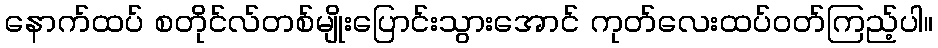
နောက်ထပ် စတိုင်လ်တစ်မျိုးပြောင်းသွားအောင် ကုတ်လေးထပ်ဝတ်ကြည့်ပါ။